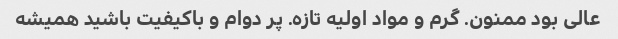
عالی بود ممنون. گرم و مواد اولیه تازه. پر دوام و باکیفیت باشید همیشه